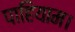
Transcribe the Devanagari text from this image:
पाहियाम।